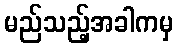
မည်သည့်အခါကမှ